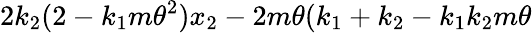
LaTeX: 2k_{2}(2-k_{1}m\theta^{2})x_{2}-2m\theta(k_{1}+k_{2}-k_{1}k_{2}m\theta